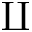
\amalg